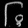
Digit: ၆